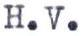
H.V.